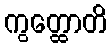
ကွတ္ထောတိ